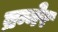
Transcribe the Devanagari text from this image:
ब्रन्नेर